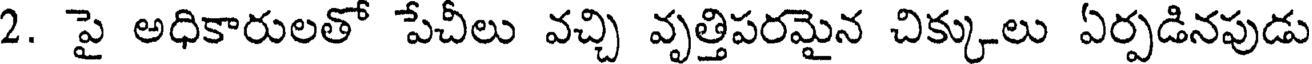
2. పై అధికారులతో పేచీలు వచ్చి వృత్తిపరమైన చిక్కులు ఏర్పడినపుడు